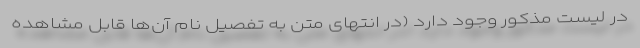
در لیست مذکور وجود دارد (در انتهای متن به تفصیل نام آن‌ها قابل مشاهده